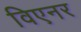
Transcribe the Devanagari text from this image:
विएनर